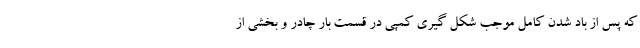
که پس از باد شدن کامل موجب شکل گیری کمپی در قسمت بار چادر و بخشی از